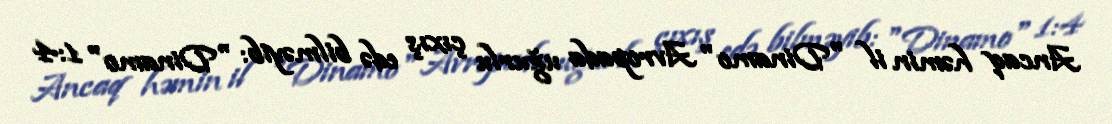
Ancaq həmin il "Dinamo" Avropada uğurlu çıxış edə bilməyib: "Dinamo" 1:4